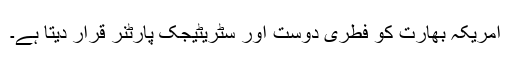
امریکہ بھارت کو فطری دوست اور سٹریٹیجک پارٹنر قرار دیتا ہے۔